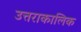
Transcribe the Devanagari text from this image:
उत्तराकालिक